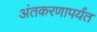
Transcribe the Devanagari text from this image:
अंतकरणापर्यंत